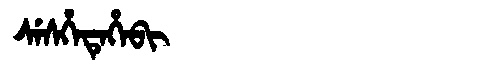
Manchu: ᠰᡝᠰᡥᡝᡨᡝᡥᡝᠪᡳ
Romanization: SESHETEHEBI